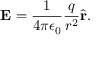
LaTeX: \mathbf { E } = { \frac { 1 } { 4 \pi \epsilon _ { 0 } } } { \frac { q } { r ^ { 2 } } } { \hat { \mathbf { r } } } .